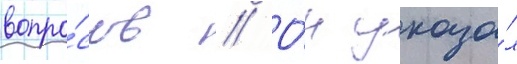
вопро́сов // О́н указа́л